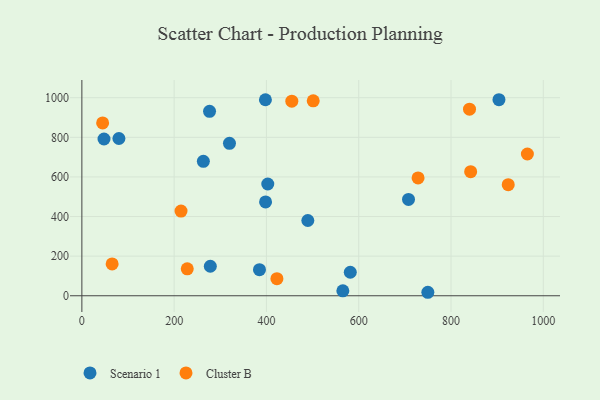
{"axis": {"x": "Ad Spend", "y": "Profit"}, "legend": ["Cluster B", "Scenario 1"], "data": [{"x": "402.9", "y": 564.2, "type": "Scenario 1"}, {"x": "48.0", "y": 791.6, "type": "Scenario 1"}, {"x": "397.8", "y": 989.6, "type": "Scenario 1"}, {"x": "749.8", "y": 17.6, "type": "Scenario 1"}, {"x": "319.9", "y": 769.8, "type": "Scenario 1"}, {"x": "581.7", "y": 118.7, "type": "Scenario 1"}, {"x": "398.1", "y": 473.9, "type": "Scenario 1"}, {"x": "276.7", "y": 931.1, "type": "Scenario 1"}, {"x": "903.9", "y": 989.8, "type": "Scenario 1"}, {"x": "278.4", "y": 148.9, "type": "Scenario 1"}, {"x": "489.7", "y": 380.0, "type": "Scenario 1"}, {"x": "565.6", "y": 24.9, "type": "Scenario 1"}, {"x": "707.9", "y": 486.4, "type": "Scenario 1"}, {"x": "263.3", "y": 678.7, "type": "Scenario 1"}, {"x": "80.3", "y": 793.9, "type": "Scenario 1"}, {"x": "384.9", "y": 131.5, "type": "Scenario 1"}, {"x": "840.1", "y": 942.3, "type": "Cluster B"}, {"x": "422.7", "y": 86.4, "type": "Cluster B"}, {"x": "214.9", "y": 427.6, "type": "Cluster B"}, {"x": "965.5", "y": 715.7, "type": "Cluster B"}, {"x": "65.6", "y": 160.6, "type": "Cluster B"}, {"x": "924.0", "y": 560.8, "type": "Cluster B"}, {"x": "501.4", "y": 984.2, "type": "Cluster B"}, {"x": "45.0", "y": 872.8, "type": "Cluster B"}, {"x": "228.4", "y": 135.9, "type": "Cluster B"}, {"x": "842.6", "y": 626.5, "type": "Cluster B"}, {"x": "455.0", "y": 982.5, "type": "Cluster B"}, {"x": "728.6", "y": 594.9, "type": "Cluster B"}]}